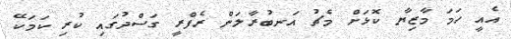
އެއީ ހަމަ މާޒިޔާ ކޮޅަށް މެޗު އަނބުރާލަން ރެފްރީ ގަސްދުގައި ކުރި ކަމަކޭ